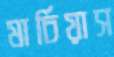
মার্চিয়াস